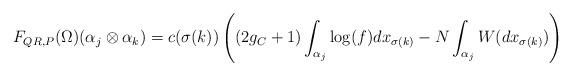
LaTeX: \begin{align*}F_{QR,P}(\Omega)(\alpha_j \otimes \alpha_k)=c(\sigma(k))\left((2g_C+1) \int_{\alpha_j} \log(f) dx_{\sigma(k)} - N \int_{\alpha_j} W(dx_{\sigma(k)})\right)\end{align*}